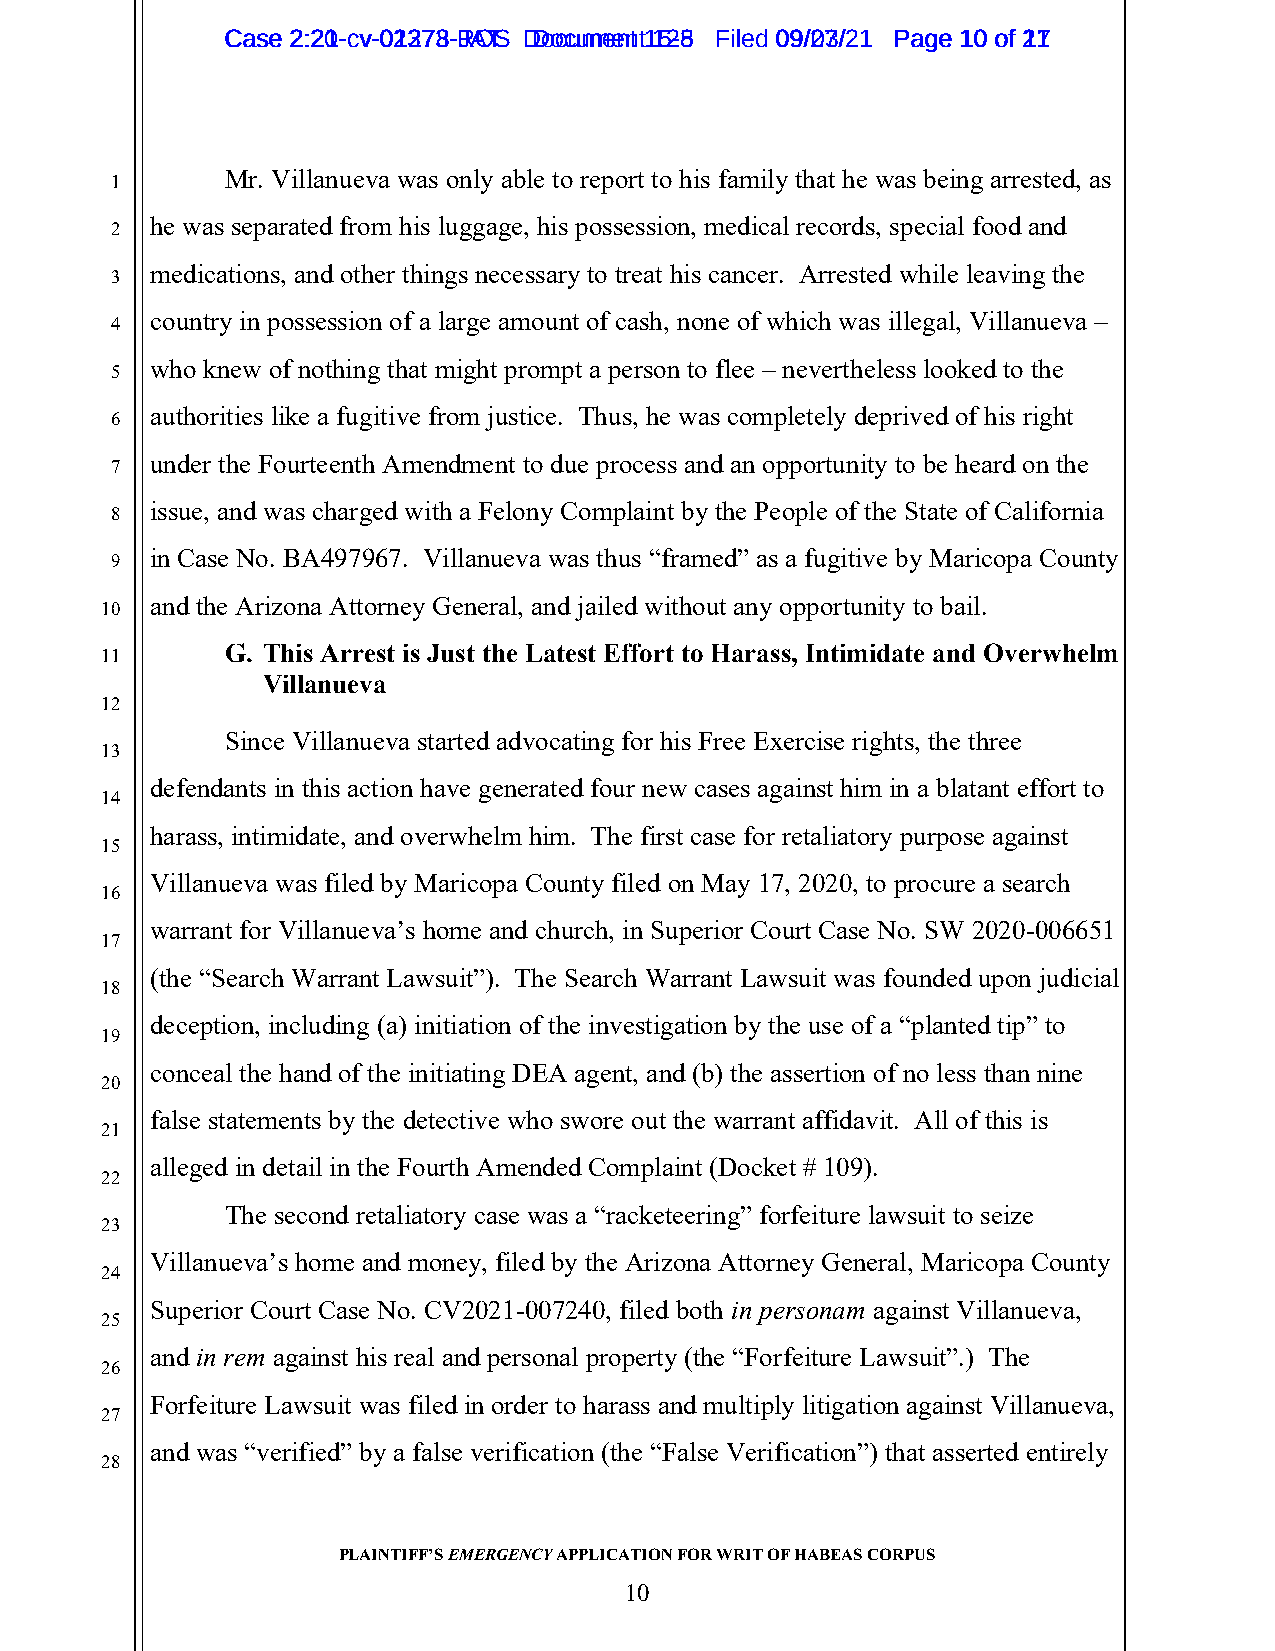
CCaassee 22::2201--ccvv--0021327738--RJAOTS D Dooccuummeennt t1 152-85 FFiilleedd 0099//2073//2211 PPaaggee 1100 ooff 2117
 Mr. Villanueva was only able to report to his family that he was being arrested, as
 1
 he was separated from his luggage, his possession, medical records, special food and
 2
 medications, and other things necessary to treat his cancer. Arrested while leaving the
 3
 country in possession of a large amount of cash, none of which was illegal, Villanueva –
 4
 who knew of nothing that might prompt a person to flee – nevertheless looked to the
 5
 authorities like a fugitive from justice. Thus, he was completely deprived of his right
 6
 under the Fourteenth Amendment to due process and an opportunity to be heard on the
 7
 issue, and was charged with a Felony Complaint by the People of the State of California
 8
 in Case No. BA497967. Villanueva was thus “framed” as a fugitive by Maricopa County
 9
 and the Arizona Attorney General, and jailed without any opportunity to bail.
 10
 G. This Arrest is Just the Latest Effort to Harass, Intimidate and Overwhelm
 11
 Villanueva
 12
 Since Villanueva started advocating for his Free Exercise rights, the three
 13
 defendants in this action have generated four new cases against him in a blatant effort to
 14
 harass, intimidate, and overwhelm him. The first case for retaliatory purpose against
 15
 Villanueva was filed by Maricopa County filed on May 17, 2020, to procure a search
 16
 warrant for Villanueva’s home and church, in Superior Court Case No. SW 2020-006651
 17
 (the “Search Warrant Lawsuit”). The Search Warrant Lawsuit was founded upon judicial
 18
 deception, including (a) initiation of the investigation by the use of a “planted tip” to
 19
 conceal the hand of the initiating DEA agent, and (b) the assertion of no less than nine
 20
 false statements by the detective who swore out the warrant affidavit. All of this is
 21
 alleged in detail in the Fourth Amended Complaint (Docket # 109).
 22
 The second retaliatory case was a “racketeering” forfeiture lawsuit to seize
 23
 Villanueva’s home and money, filed by the Arizona Attorney General, Maricopa County
 24
 Superior Court Case No. CV2021-007240, filed both in personam against Villanueva,
 25
 and in rem against his real and personal property (the “Forfeiture Lawsuit”.) The
 26
 Forfeiture Lawsuit was filed in order to harass and multiply litigation against Villanueva,
 27
 and was “verified” by a false verification (the “False Verification”) that asserted entirely
 28
 PLAINTIFF’S EMERGENCY APPLICATION FOR WRIT OF HABEAS CORPUS
 10